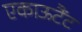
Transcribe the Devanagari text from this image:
एकाऊटैंट